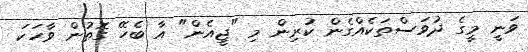
ވަނީ މީގެ ދުވަސްތަކެއްގެން ކުރިން މި "ޖީއެން" އާ ބެހޭ ގޮތުން ވާހަކަ